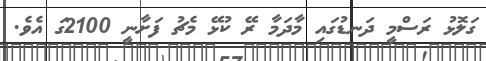
ގަލޮޅު ރަސްމީ ދަނޑުގައި މާދަމާ ރޭ ކުޅޭ މެޗު ފަށާނީ 2100ގަ އެވެ.